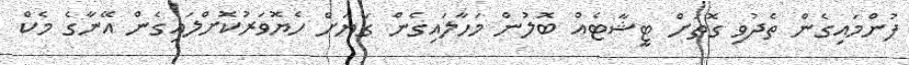
ފުންމައިގެން ތެދުވި ގޮތަށް ޓީޝާޓެއް ބޮލުން މަހާލައިގެން ގަޔަށް ހެޔޮވަރުކޮށްލައިގެން އޭނާގެ މެކް